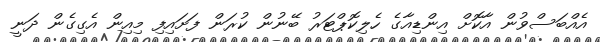
އެއްބަސްވުން އާކޮށް އިންޑިއާގެ ހެލިކޮޕްޓަރު ބޭނުން ކުރަން ފަށައިފި މިއިން އެގިގެން ދަނީ